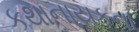
કથાનાયકના